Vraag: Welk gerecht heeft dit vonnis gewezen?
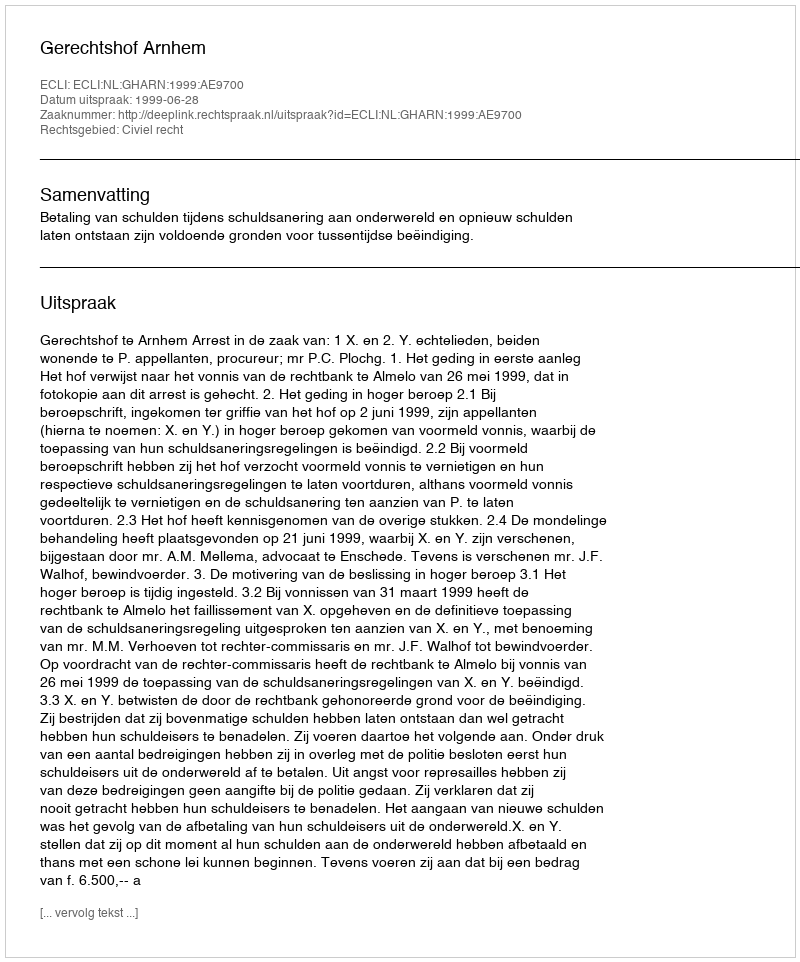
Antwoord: Gerechtshof Arnhem